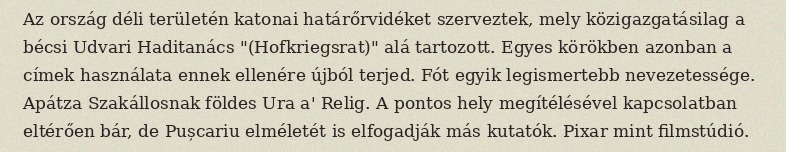
Az ország déli területén katonai határőrvidéket szerveztek, mely közigazgatásilag a bécsi Udvari Haditanács "(Hofkriegsrat)" alá tartozott. Egyes körökben azonban a címek használata ennek ellenére újból terjed. Fót egyik legismertebb nevezetessége. Apátza Szakállosnak földes Ura a' Relig. A pontos hely megítélésével kapcsolatban eltérően bár, de Pușcariu elméletét is elfogadják más kutatók. Pixar mint filmstúdió.